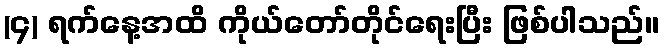
(၄) ရက်နေ့အထိ ကိုယ်တော်တိုင်ရေးပြီး ဖြစ်ပါသည်။